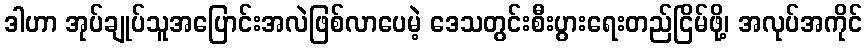
ဒါဟာ အုပ်ချုပ်သူအပြောင်းအလဲဖြစ်လာပေမဲ့ ဒေသတွင်းစီးပွားရေးတည်ငြိမ်ဖို့၊ အလုပ်အကိုင်